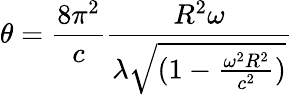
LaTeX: \theta=\frac{8\pi^{2}}{c}\frac{R^{2}\omega}{\lambda\sqrt{(1-\frac{\omega^{2}R^{2}}{c^{2}})}}